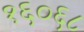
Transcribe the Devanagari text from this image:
१६०६८